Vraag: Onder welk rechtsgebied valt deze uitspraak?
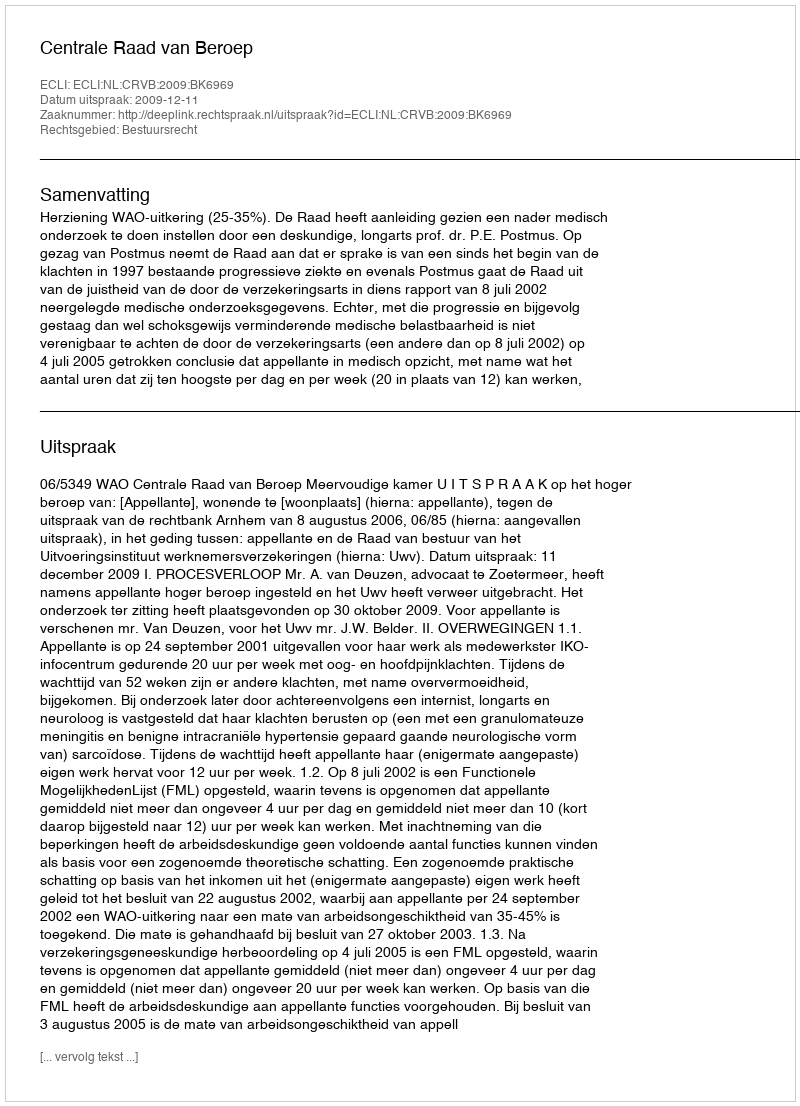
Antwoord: Bestuursrecht